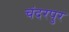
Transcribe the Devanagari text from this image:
चंदरपुर